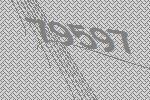
79597